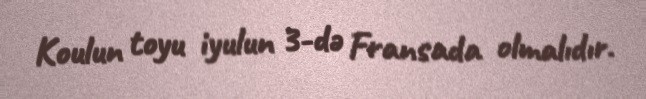
Koulun toyu iyulun 3-də Fransada olmalıdır.